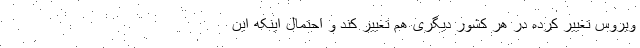
ویروس تغییر کرده در هر کشور دیگری هم تغییر کند و احتمال اینکه این